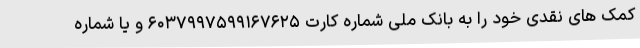
کمک های نقدی خود را به بانک ملی شماره کارت ۶۰۳۷۹۹۷۵۹۹۱۶۷۶۲۵ و یا شماره